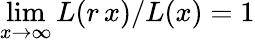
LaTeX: \operatorname*{lim}_{x\rightarrow\infty}L(r\, x)/L(x)=1